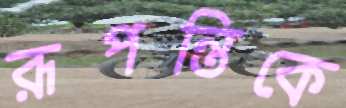
রূপন্তিকে